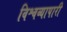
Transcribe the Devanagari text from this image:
विश्वव्यापारी